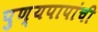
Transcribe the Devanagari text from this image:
पुण्यपापांची